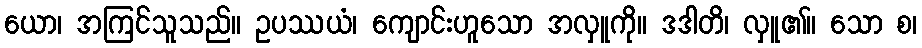
ယော၊ အကြင်သူသည်။ ဥပဿယံ၊ ကျောင်းဟူသော အလှူကို။ ဒဒါတိ၊ လှူ၏။ သော စ၊